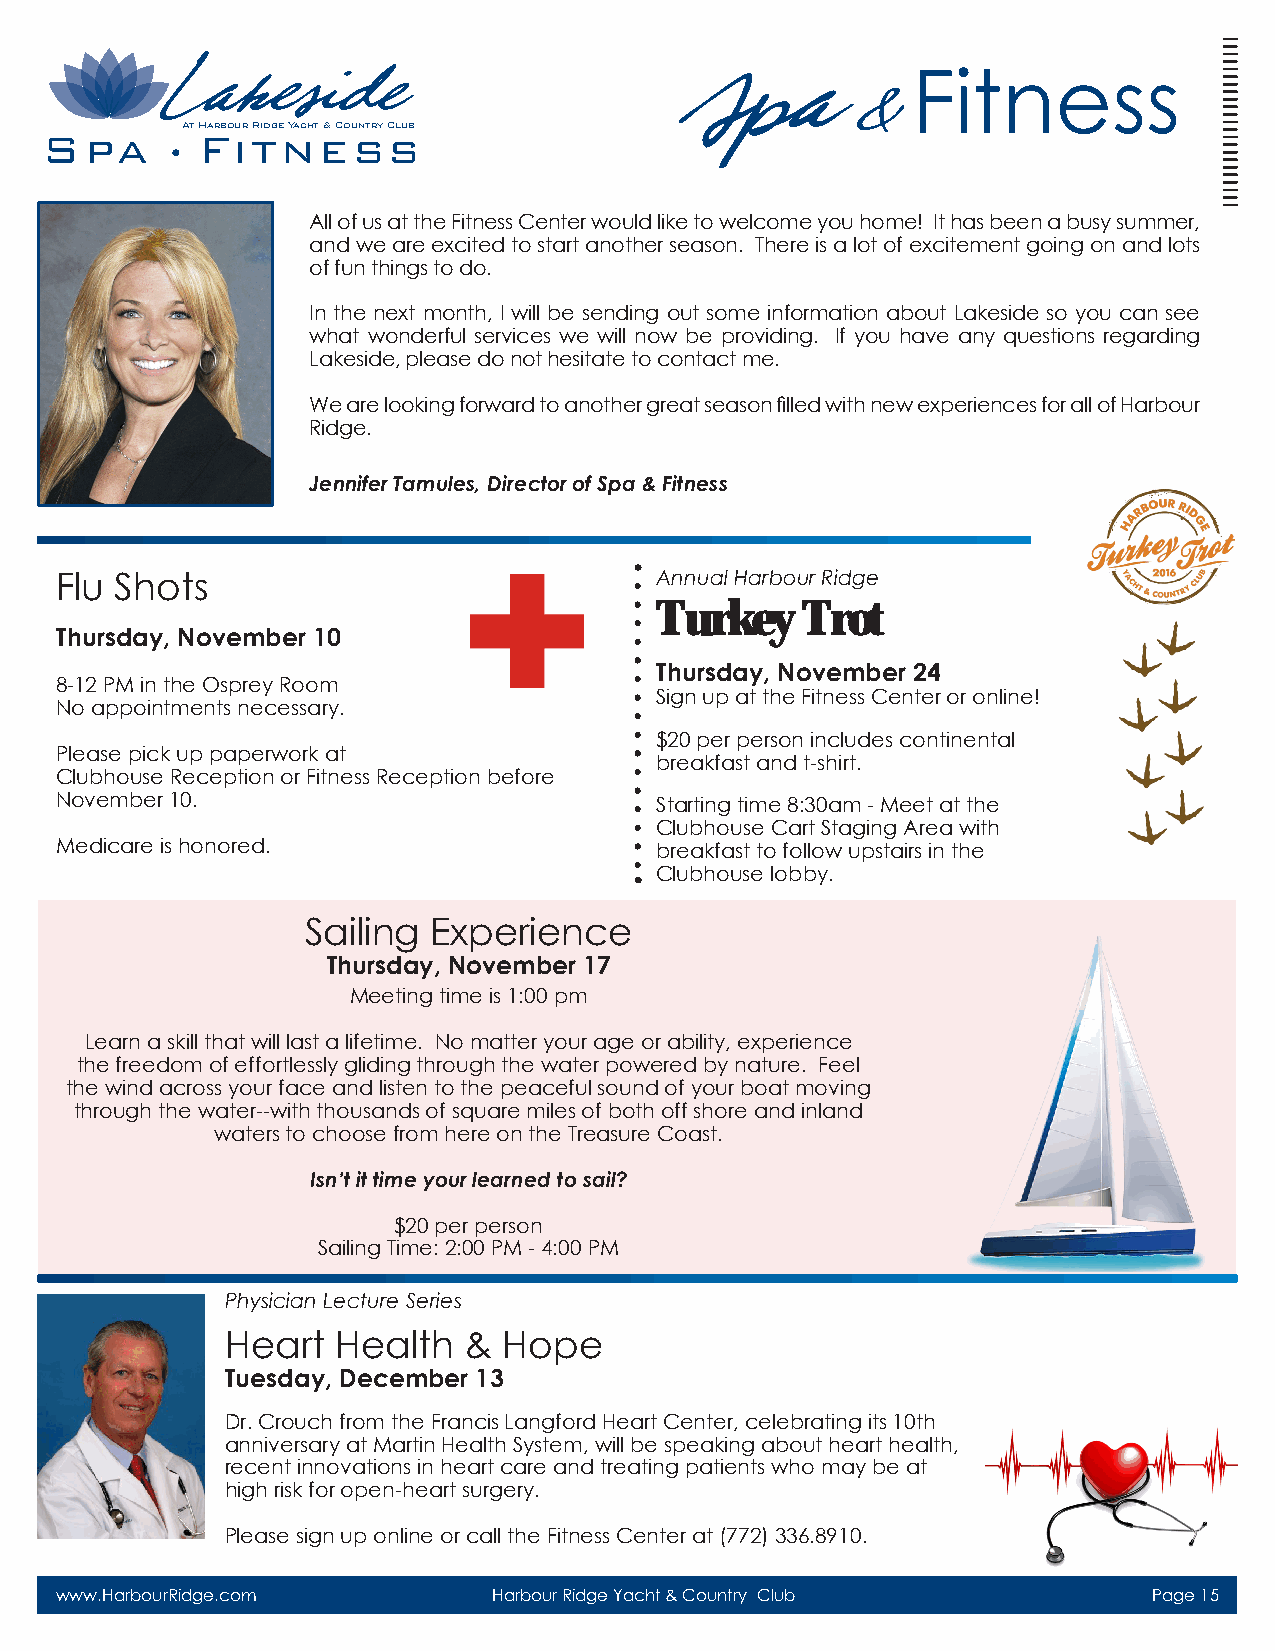
F  itness
 Spa
 &
 Spa      AtF Harboiur tRidgen Yachte & Cousntry sClub
 All of us at the Fitness Center would like to welcome you home! It has been a busy summer,
 and we are excited to start another season. There is a lot of excitement going on and lots
 of fun things to do.
 In the next month, I will be sending out some information about Lakeside so you can see
 what wonderful services we will now be providing. If you have any questions regarding
 Lakeside, please do not hesitate to contact me.
 We are looking forward to another great season filled with new experiences for all of Harbour
 Ridge.
 Jennifer Tamules, Director of Spa & Fitness
 Flu Shots                              Annual Harbour Ridge
 Turkey    Trot
 Thursday, November 10
 Thursday, November 24
 8-12 PM in the Osprey Room
 Sign up at the Fitness Center or online!
 No appointments necessary.
 $20 per person includes continental
 Please pick up paperwork at
 breakfast and t-shirt.
 Clubhouse Reception or Fitness Reception before
 November 10.                           Starting time 8:30am - Meet at the
 Clubhouse Cart Staging Area with
 Medicare is honored.                   breakfast to follow upstairs in the
 Clubhouse lobby.
 Sailing Experience
 Thursday, November 17
 Meeting time is 1:00 pm
 Learn a skill that will last a lifetime. No matter your age or ability, experience
 the freedom of effortlessly gliding through the water powered by nature. Feel
 the wind across your face and listen to the peaceful sound of your boat moving
 through the water--with thousands of square miles of both off shore and inland
 waters to choose from here on the Treasure Coast.
 Isn’t it time your learned to sail?
 $20 per person
 Sailing Time: 2:00 PM - 4:00 PM
 Physician Lecture Series
 Heart  Health   & Hope
 Tuesday, December 13
 Dr. Crouch from the Francis Langford Heart Center, celebrating its 10th
 anniversary at Martin Health System, will be speaking about heart health,
 recent innovations in heart care and treating patients who may be at
 high risk for open-heart surgery.
 Please sign up online or call the Fitness Center at (772) 336.8910.
 www.HarbourRidge.com         Harbour Ridge Yacht & Country Club         Page 15